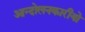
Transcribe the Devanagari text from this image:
आन्दोलनकारीयो